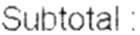
SUBTOTAL :